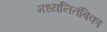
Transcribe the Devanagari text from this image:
मध्यनितंबिका